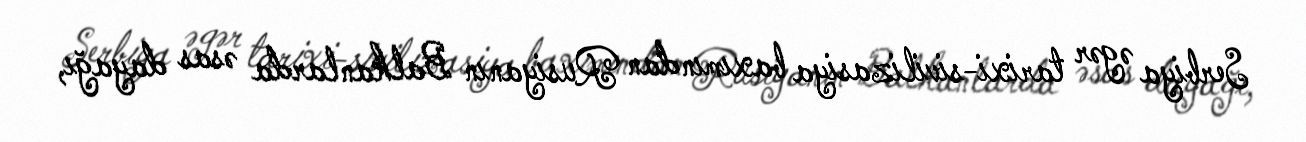
Serbiya əgər tarixi-sivilizasiya baxımından Rusiyanın Balkanlarda əsas dayağı,